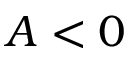
A < 0